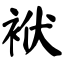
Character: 袱